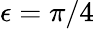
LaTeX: \epsilon=\pi/4